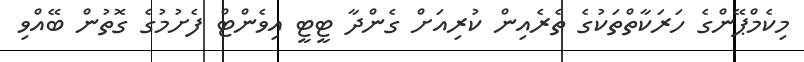
މިކެމްޕޭންގެ ހަރަކާތްތަކުގެ ތެރެއިން ކުރިއަށް ގެންދާ ޓީޓީ އިވެންޓް ފެށުމުގެ ގޮތުން ބޭއްވި